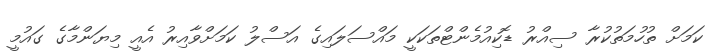
ކަމަށް ތުހުމަތުކުރާ ސިއްރު ޑޮކިއުމެންޓްތަކަކީ މައްސަލައިގެ އަސްލު ކަމަށްވާއިރު އެއީ މިޔަންމާގެ ގައުމީ